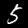
Label: 5